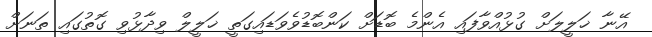
އޭނާ ޚަލީލަށް ގުޅުއްވާފައި އެންމެ ބޮޑަށް ކަންބޮޑުވެވަޑައިގަތީ ޚަލީލް ވިދާޅުވި ގޮތުގައި ތަނަށް